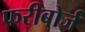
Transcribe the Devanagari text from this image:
फरीबोर्ज